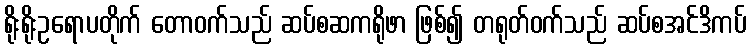
ရိုးရိုးဥရောပတိုက် တောဝက်သည် ဆပ်စဆကရိုဖာ ဖြစ်၍ တရုတ်ဝက်သည် ဆပ်စအင်ဒိကပ်